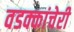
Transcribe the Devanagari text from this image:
वडक्कांचेरी